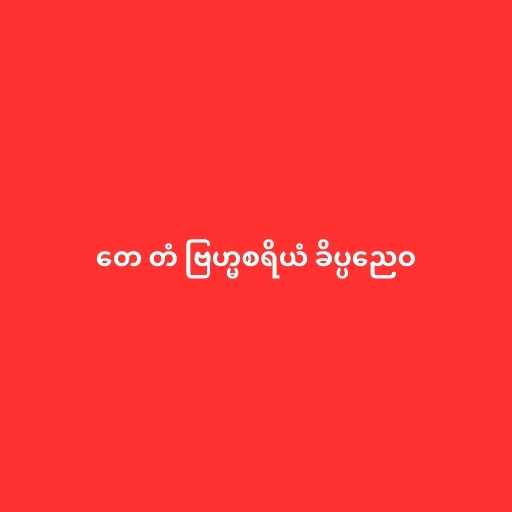
တေ တံ ဗြဟ္မစရိယံ ခိပ္ပညေဝ